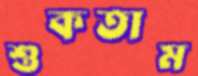
শুকতাম